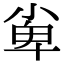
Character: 𡭼